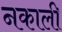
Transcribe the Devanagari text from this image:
नकाली